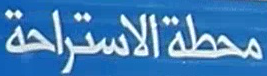
محطةالاستراحة